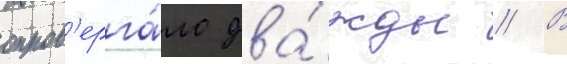
опров'ерга́ло два́жды // В